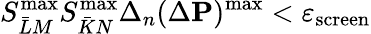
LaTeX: S_{\bar{L}M}^{\mathrm{max}}S_{\bar{K}N}^{\mathrm{max}}\Delta_{n}(\Delta{\mathbf P})^{\mathrm{max}}<\varepsilon_{\mathrm{screen}}